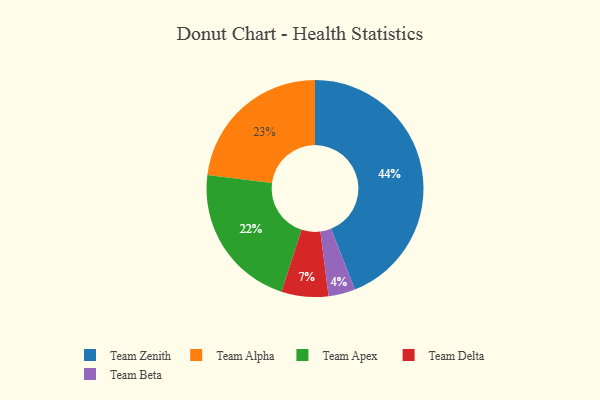
{"axis": {"x": "Category", "y": "Percentage"}, "legend": ["Team Alpha", "Team Apex", "Team Beta", "Team Delta", "Team Zenith"], "data": [{"x": "Team Zenith", "y": 44, "type": "Team Zenith"}, {"x": "Team Delta", "y": 7, "type": "Team Delta"}, {"x": "Team Alpha", "y": 23, "type": "Team Alpha"}, {"x": "Team Beta", "y": 4, "type": "Team Beta"}, {"x": "Team Apex", "y": 22, "type": "Team Apex"}]}